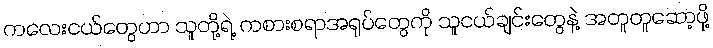
ကလေးငယ်တွေဟာ သူတို့ရဲ့ ကစားစရာအရုပ်တွေကို သူငယ်ချင်းတွေနဲ့ အတူတူဆော့ဖို့